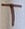
Text: T